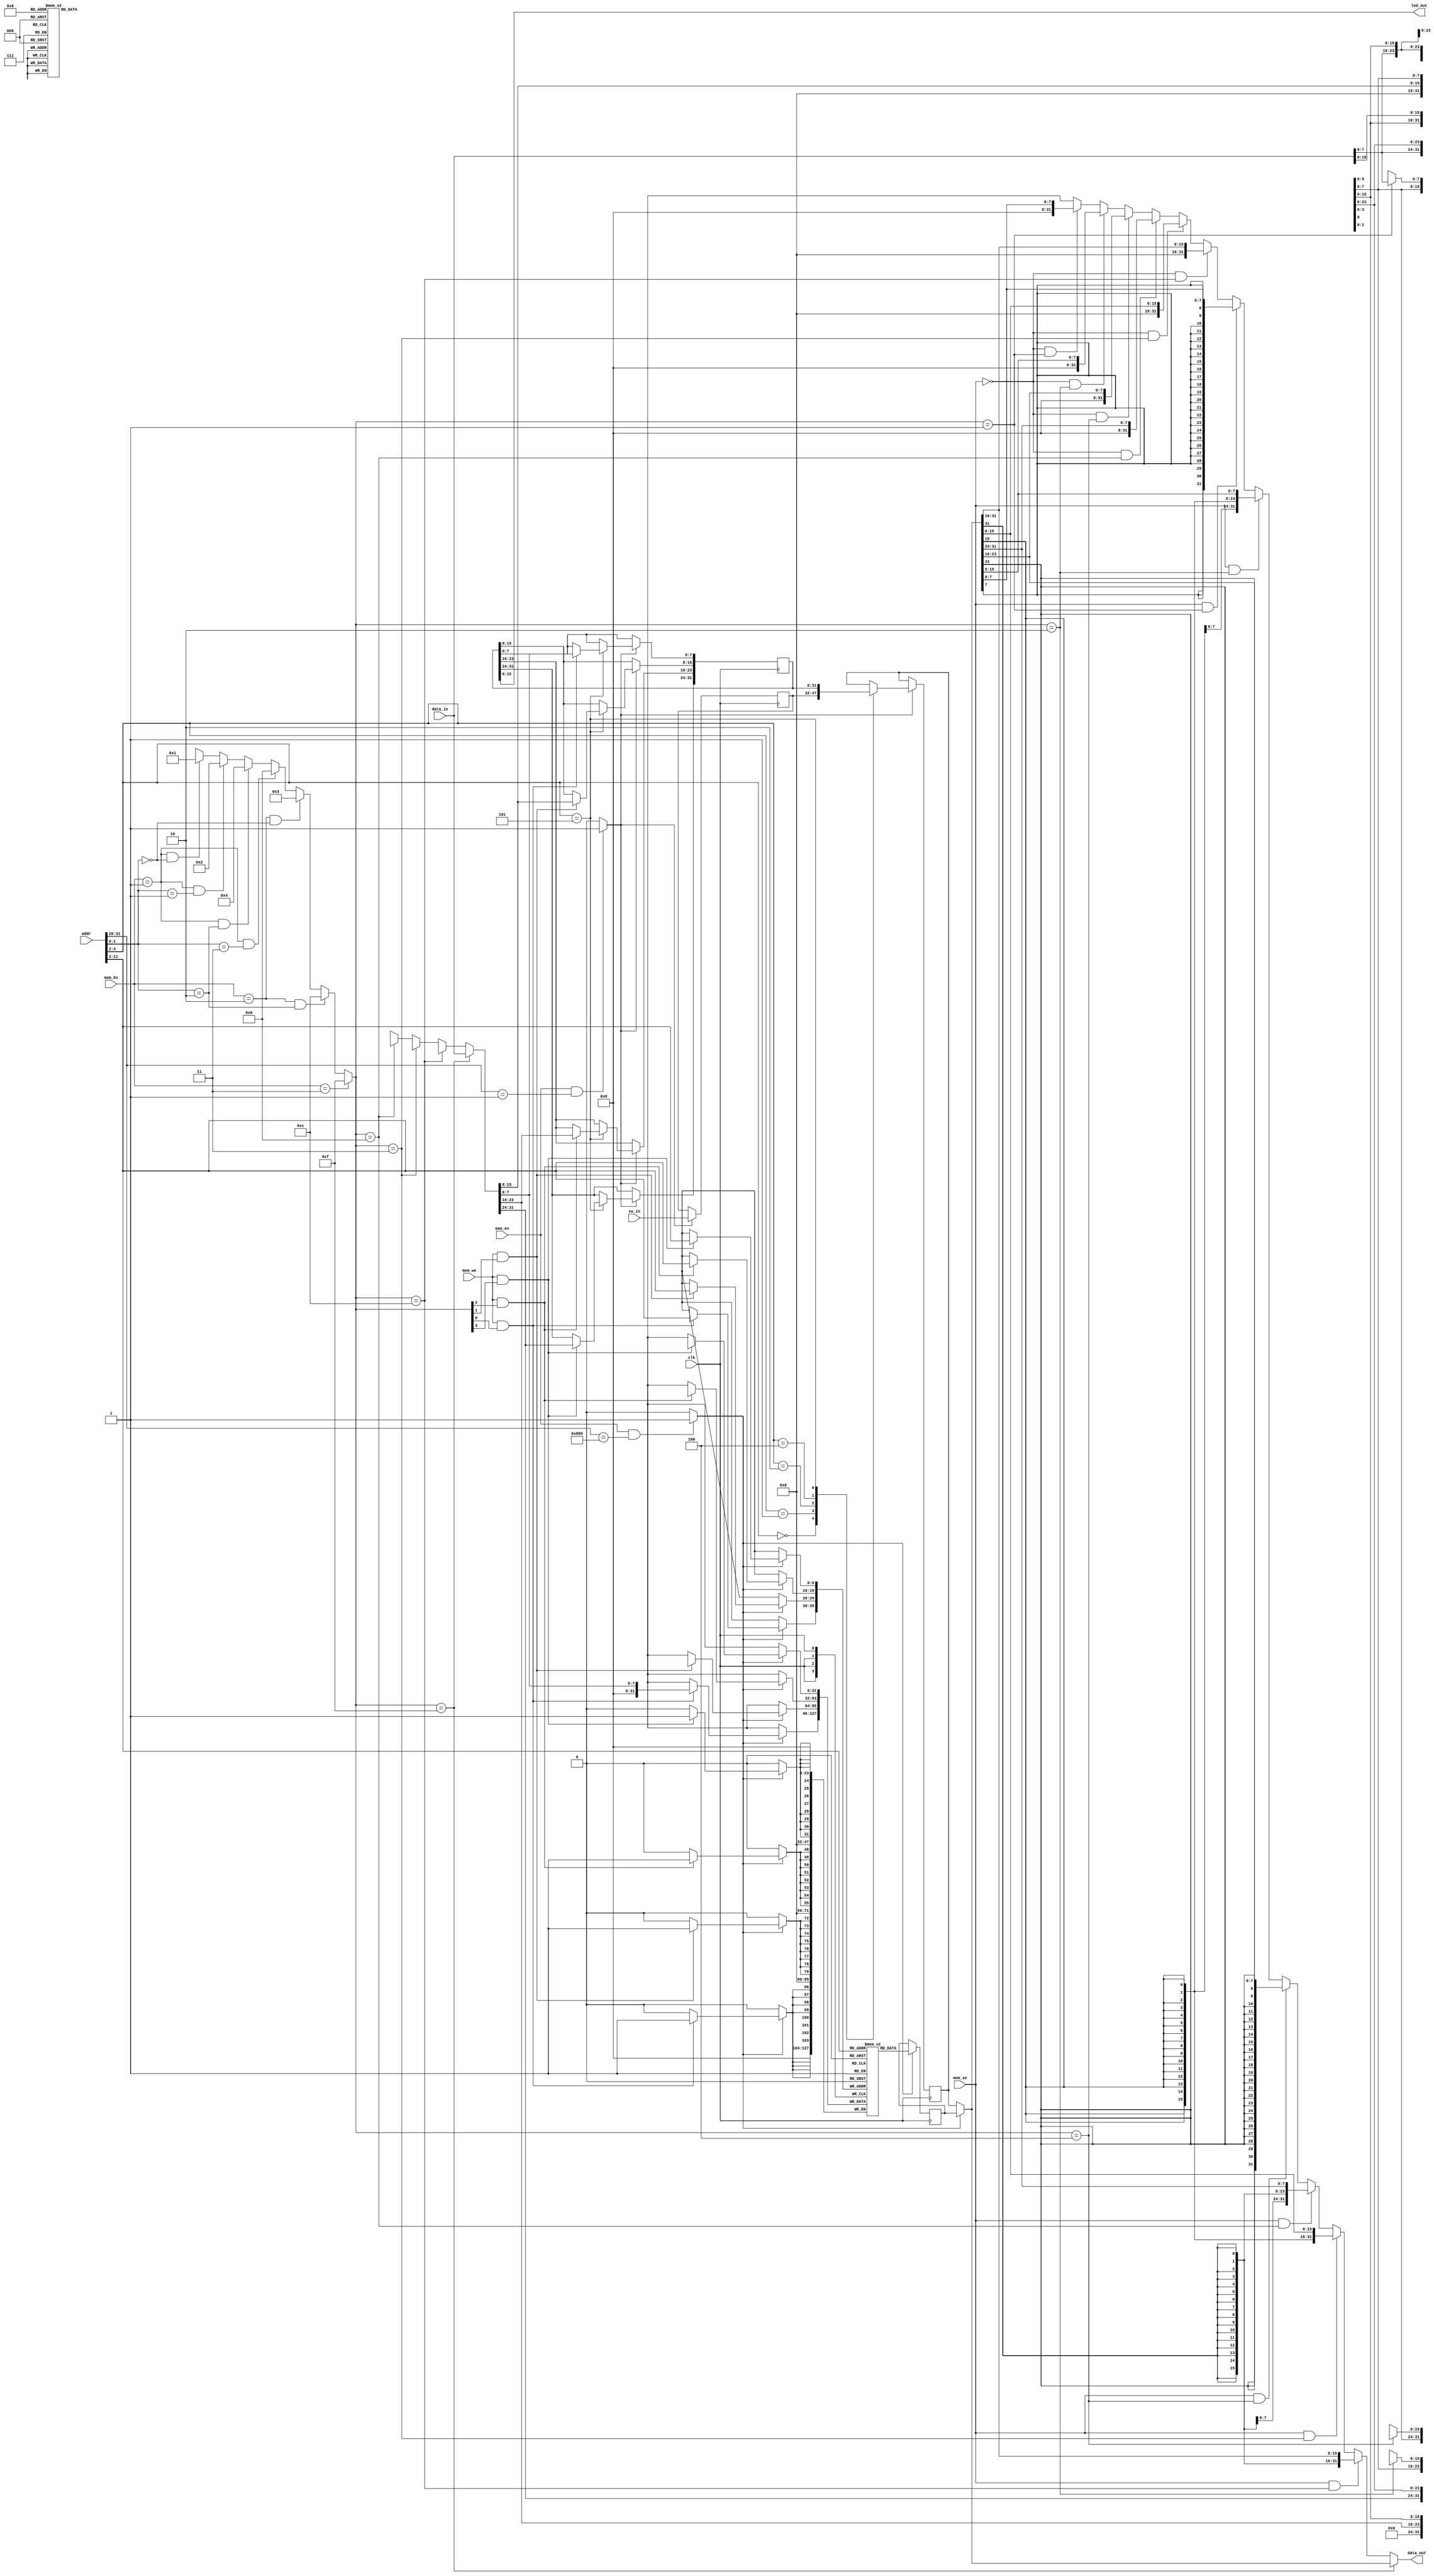

`timescale 1ns / 1ps

module data_mem(
  input wire clk, // Clock
  input wire mem_en, // Overall data memory enable
  input wire mem_we, // Data memory write enable
  input wire mem_se, // Load data sign extension enable
  input wire [1:0] mem_bs, // Data memory byte select
  input wire [31:0] addr, // Data address selector
  input wire [31:0] data_in, // Data input bus
  output wire [31:0] data_out, // Data output bus

  // Connections to physical board components
  input wire [15:0] sw_in,
  output wire [15:0] led_out
);

  reg [31:0] ram [1023:0]; // Data memory
  reg [31:0] reg_id [2:0]; // Identity registers
  reg [31:0] reg_sw, reg_led; // I/O registers

  wire main_en; // Enable main memory block based on address
  wire spec_en; // Enable special registers based on address
  reg [31:0] main_load; // Output from main ram block
  reg [31:0] spec_load; // Output from special registers
  wire [31:0] data_load; // Overall output
  wire [31:0] data_store; // Input buffer
  wire [3:0] byte_en; // Enable per byte within word
  wire [1:0] byte_addr; // Address for specific byte within each word
  wire [29:0] word_addr; // Address for word


  initial begin
    // Set identity registers with N numbers
    reg_id[0] = 32'b110110011010110000001000; // D'Arcy
    reg_id[1] = 32'b101010011110001001111110; // Irving
    reg_id[2] = 32'b101111101100101010010111; // Jayeon
    // Initialize LEDs to off
    reg_led = 32'b0;
  end

  // Subdivide total address
  assign byte_addr = addr[1:0];
  assign word_addr = addr[11:2];

  // If addr starts with 0x800, load/store main memory block
  assign main_en = (mem_en && addr[31:20] == 12'b100000000000) ? 1 :
                   (!mem_en && addr[31:20] == 12'b100000000000) ? 0 :
                   0;

  // If addr starts with 0x001, load/store special registers
  assign spec_en = (mem_en && addr[31:20] == 12'b000000000001) ? 1 :
                   (!mem_en && addr[31:20] == 12'b000000000001) ? 0 :
                   0;

  

  // Determine which bytes should be stored/loaded based on byte-select signal
  // and memory address, and arrange them accordingly
  assign byte_en = (mem_bs == 2'b11) ? 4'b1111 :
              (mem_bs == 2'b10 && byte_addr == 2'b10) ? 4'b1100 :
              (mem_bs == 2'b10 && byte_addr == 2'b00) ? 4'b0011 :
              (mem_bs == 2'b01 && byte_addr == 2'b11) ? 4'b1000 :
              (mem_bs == 2'b01 && byte_addr == 2'b10) ? 4'b0100 :
              (mem_bs == 2'b01 && byte_addr == 2'b01) ? 4'b0010 :
              (mem_bs == 2'b01 && byte_addr == 2'b00) ? 4'b0001 :
              4'bx;
  assign data_store = (byte_en == 4'b1111) ? data_in :
                      (byte_en == 4'b1100) ? {data_in[15:0], 16'bx} :
                      (byte_en == 4'b0011) ? {16'bx, data_in[15:0]} :
                      (byte_en == 4'b1000) ? {data_in[7:0], 24'bx} :
                      (byte_en == 4'b0100) ? {8'bx, data_in[7:0], 16'bx} :
                      (byte_en == 4'b0010) ? {16'bx, data_in[7:0], 8'bx} :
                      (byte_en == 4'b0001) ? {24'bx, data_in[7:0]} :
                      32'bx;

  // Synchronously load/store main memory block
  always @(posedge clk) begin

    if (main_en) begin

      if (mem_we && byte_en[3]) ram[word_addr][31:24] <= data_store[31:24];
      if (mem_we && byte_en[2]) ram[word_addr][23:16] <= data_store[23:16];
      if (mem_we && byte_en[1]) ram[word_addr][15:8] <= data_store[15:8];
      if (mem_we && byte_en[0]) ram[word_addr][7:0] <= data_store[7:0];

      main_load <= ram[word_addr];
    end
  end

  // Synchronously load/store special registers
  always @(posedge clk) begin

    if (spec_en) begin

      // Store to LED register. All other special registers are read only
      if (word_addr[2:0] == 3'b101) begin
        if (mem_we && byte_en[3]) reg_led[31:24] <= data_store[31:24];
        if (mem_we && byte_en[2]) reg_led[23:16] <= data_store[23:16];
        if (mem_we && byte_en[1]) reg_led[15:8] <= data_store[15:8];
        if (mem_we && byte_en[0]) reg_led[7:0] <= data_store[7:0];
      end

      // Load from appropriate special register
      case(word_addr[2:0])
        3'b000: spec_load <= reg_id[0];
        3'b001: spec_load <= reg_id[1];
        3'b010: spec_load <= reg_id[2];
        3'b100: spec_load <= reg_sw;
        3'b101: spec_load <= reg_led;
      endcase

      // Independent of loads/stores, update reg_sw to switch values
      reg_sw[15:0] <= sw_in; 

    end
  end

  // Select correct output
  assign data_load = (main_en) ? main_load :
                     spec_load;

  // Sign/zero extension for loads
  assign data_out = (byte_en == 4'b1111) ? data_load :
                    (mem_se && byte_en == 4'b1100) ? {{16{data_load[31]}}, data_load[31:16]} :
                    (mem_se && byte_en == 4'b0011) ? {{16{data_load[15]}}, data_load[15:0]} :
                    (mem_se && byte_en == 4'b1000) ? {{24{data_load[31]}}, data_load[31:24]} :
                    (mem_se && byte_en == 4'b0100) ? {{24{data_load[23]}}, data_load[23:16]} :
                    (mem_se && byte_en == 4'b0010) ? {{24{data_load[15]}}, data_load[15:8]} :
                    (mem_se && byte_en == 4'b0001) ? {{24{data_load[7]}}, data_load[7:0]} :
                    (!mem_se && byte_en == 4'b1100) ? {16'b0, data_load[31:16]} :
                    (!mem_se && byte_en == 4'b0011) ? {16'b0, data_load[15:0]} :
                    (!mem_se && byte_en == 4'b1000) ? {24'b0, data_load[31:24]} :
                    (!mem_se && byte_en == 4'b0100) ? {24'b0, data_load[23:16]} :
                    (!mem_se && byte_en == 4'b0010) ? {24'b0, data_load[15:8]} :
                    (!mem_se && byte_en == 4'b0001) ? {24'b0, data_load[7:0]} :
                    32'bx;

  assign led_out = reg_led[15:0];

endmodule